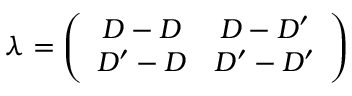
\lambda = \left( \begin{array} { c c } { { D - D } } & { { D - D ^ { \prime } } } \\ { { D ^ { \prime } - D } } & { { D ^ { \prime } - D ^ { \prime } } } \end{array} \right)